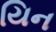
યિન